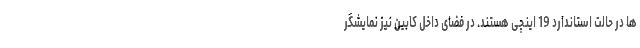
ها در حالت استاندارد 19 اینچی هستند. در فضای داخل کابین نیز نمایشگر